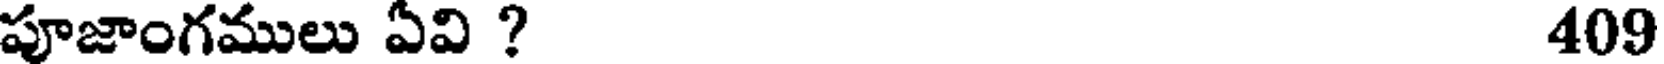
పూజాంగములు ఏవి ? 409